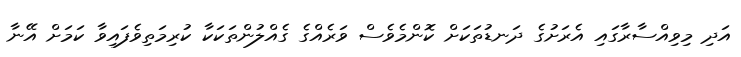
އަދި މިވިއްސާރާގައި އެރަށުގެ ދަނޑުތަކަށް ކޮންމެވެސް ވަރެއްގެ ގެއްލުންތަކަކާ ކުރިމަތިވެފައިވާ ކަމަށް އޭނާ